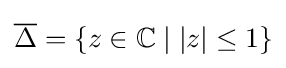
{\overline {\Delta }}=\{z\in \mathbb {C} \mid |z|\leq 1\}